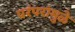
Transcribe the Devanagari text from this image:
परंपरांमुळे